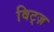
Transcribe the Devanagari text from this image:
विट्ज़